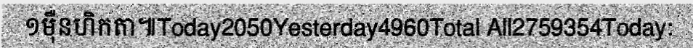
១ម៉ឺនហិកតា៕Today2050Yesterday4960Total All2759354Today: